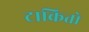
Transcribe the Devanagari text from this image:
टाकितो